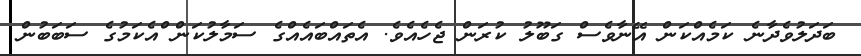
ބަދަލުވެދާނެ ކަމެއްކަން އޭނާވެސް ގަބޫލު ކުރަން ޖެހެއެވެ. އެތައްބައެއްގެ ސަމާލުކަން ްއެކަމުގެ ސަބަބުން